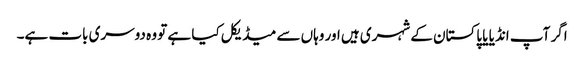
اگر آپ انڈیا یا پاکستان کے شہری ہیں اور وہاں سے میڈیکل کیا ہے تو وہ دوسری بات ہے۔